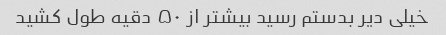
خیلی دیر بدستم رسید بیشتر از ۵۰ دقیه طول کشید